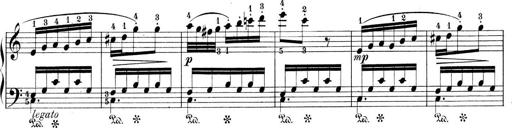
Title: 9 Sonatinen
Composer: Alexander Winterberger